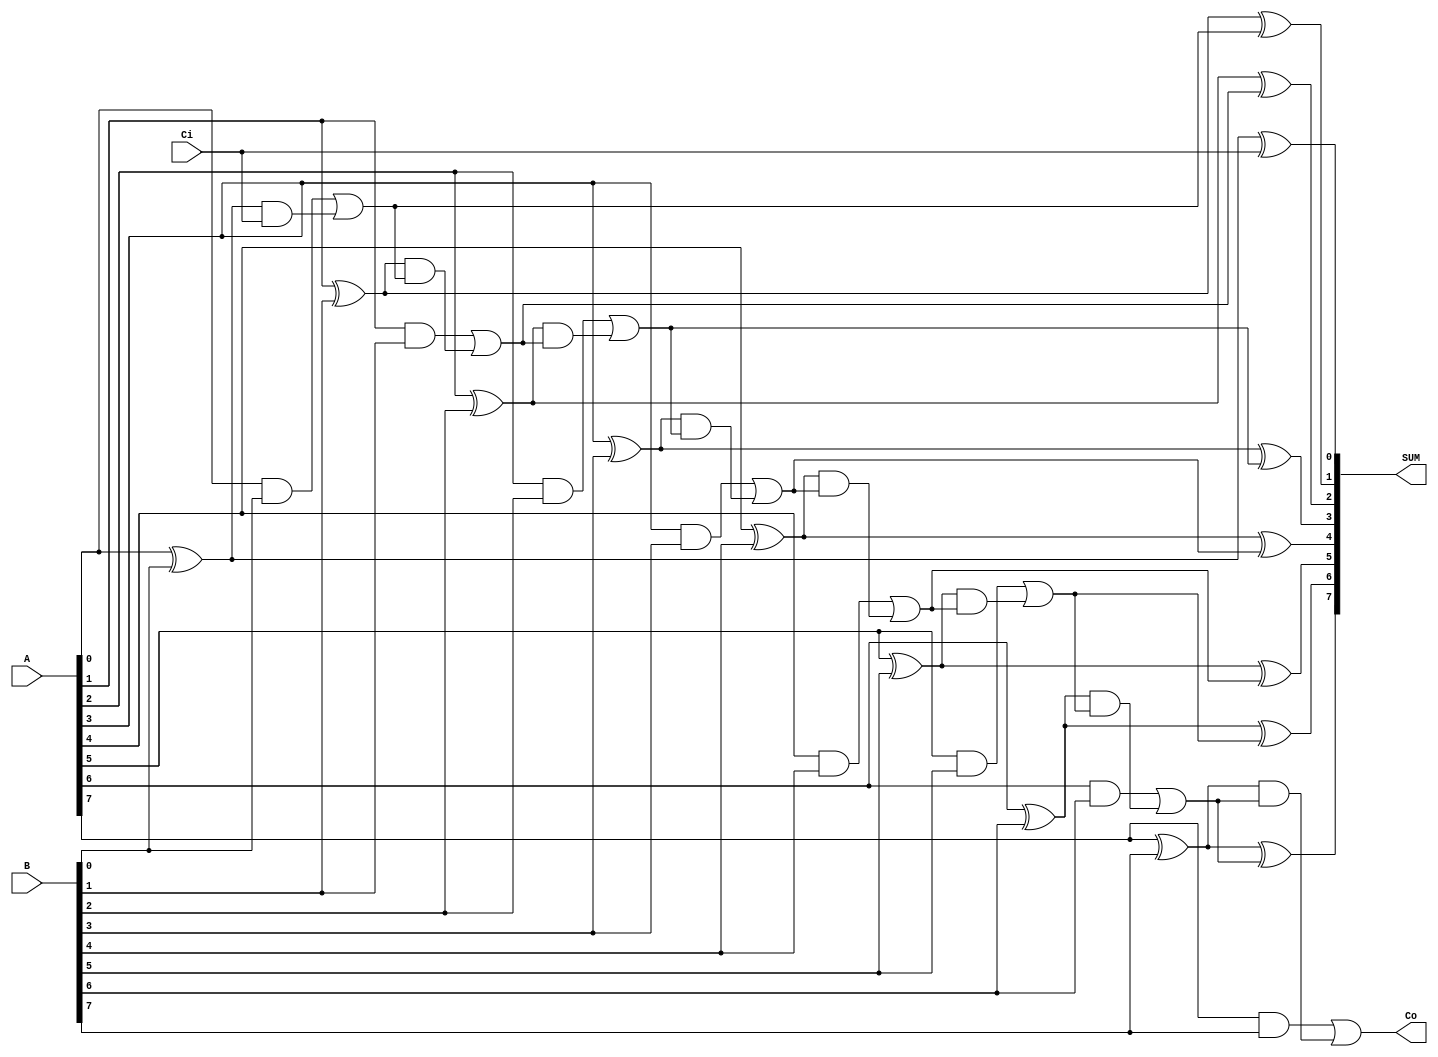
module add8_b(A, B, Ci, SUM, Co);
    input       [7:0]   A, B;
    input               Ci;
    output reg  [7:0]   SUM;
    output reg          Co;

    /*
    reg         [8:0]   tmp;
    
    always@(A or B or Ci) begin
        tmp = A + B;
        SUM = tmp[7:0];
        Co = tmp[8];
    end
    */

    reg         [6:0]   tmp;
    
    always@(A or B or Ci) begin
        SUM[0] = A[0] ^ B[0] ^ Ci;
        tmp[0] = (A[0] & B[0]) | ((A[0] ^ B[0]) & Ci);
        SUM[1] = A[1] ^ B[1] ^ tmp[0];
        tmp[1] = (A[1] & B[1]) | ((A[1] ^ B[1]) & tmp[0]);
        SUM[2] = A[2] ^ B[2] ^ tmp[1];
        tmp[2] = (A[2] & B[2]) | ((A[2] ^ B[2]) & tmp[1]);
        SUM[3] = A[3] ^ B[3] ^ tmp[2];
        tmp[3] = (A[3] & B[3]) | ((A[3] ^ B[3]) & tmp[2]);
        SUM[4] = A[4] ^ B[4] ^ tmp[3];
        tmp[4] = (A[4] & B[4]) | ((A[4] ^ B[4]) & tmp[3]);
        SUM[5] = A[5] ^ B[5] ^ tmp[4];
        tmp[5] = (A[5] & B[5]) | ((A[5] ^ B[5]) & tmp[4]);
        SUM[6] = A[6] ^ B[6] ^ tmp[5];
        tmp[6] = (A[6] & B[6]) | ((A[6] ^ B[6]) & tmp[5]);
        SUM[7] = A[7] ^ B[7] ^ tmp[6];
        Co = (A[7] & B[7]) | ((A[7] ^ B[7]) & tmp[6]);
    end

endmodule